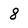
Character: 8